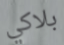
بلاكي